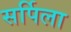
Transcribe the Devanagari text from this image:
सर्पिला